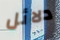
دلائل